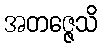
အတဇ္ဇေသိ